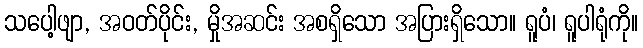
သပေါ့ဖျာ, အဝတ်ပိုင်း, မှိုအဆင်း အစရှိသော အပြားရှိသော။ ရူပံ၊ ရူပါရုံကို။